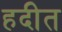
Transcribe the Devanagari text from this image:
हदीत